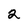
Character: 2